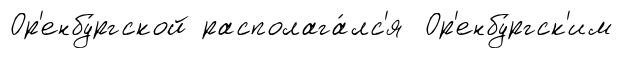
Ор'енбу́ргской располага́лс'я Ор'енбу́ргск'им